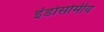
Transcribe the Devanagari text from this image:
इंडोसोमीय